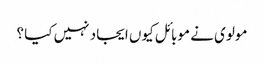
مولوی نے موبائل کیوں ایجاد نہیں کیا ؟